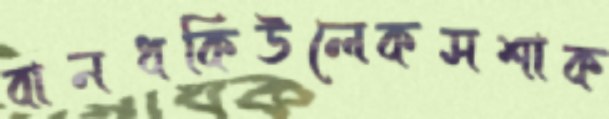
বানধকিউলেকসশাক